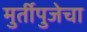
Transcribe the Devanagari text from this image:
मुर्तीपुजेचा